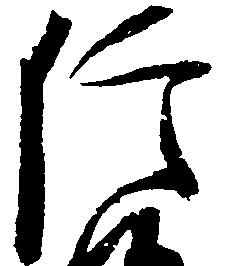
信